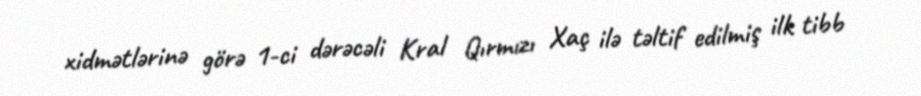
xidmətlərinə görə 1-ci dərəcəli Kral Qırmızı Xaç ilə təltif edilmiş ilk tibb